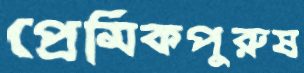
প্রেমিকপুরুষ